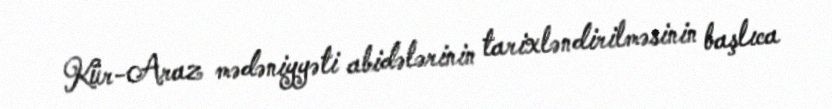
Kür-Araz mədəniyyəti abidələrinin tarixləndirilməsinin başlıca